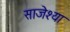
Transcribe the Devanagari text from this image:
साजेश्या